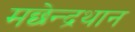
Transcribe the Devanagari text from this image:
मछेन्‍द्रथान